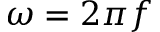
\omega = 2 \pi f